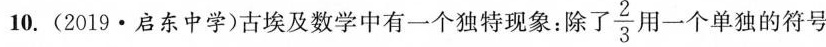
10.(2019·启东中学)古埃及数学中有一个独特现象：除了\frac{2}{3}用了一个单独的符号